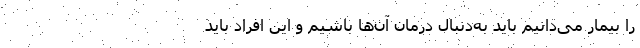
را بیمار می‌دانیم باید به‌دنبال درمان آن‌ها باشیم و این افراد باید